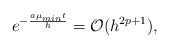
\begin{align*}e^{-\frac{a \mu_{min} t}{h}} = \mathcal{O}(h^{2p+1}),\end{align*}